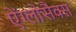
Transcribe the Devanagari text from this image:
ऐंग्लोसैक्स